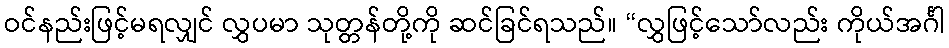
ဝင်နည်းဖြင့်မရလျှင် လွှပမာ သုတ္တန်တို့ကို ဆင်ခြင်ရသည်။ “လွှဖြင့်သော်လည်း ကိုယ်အင်္ဂါ